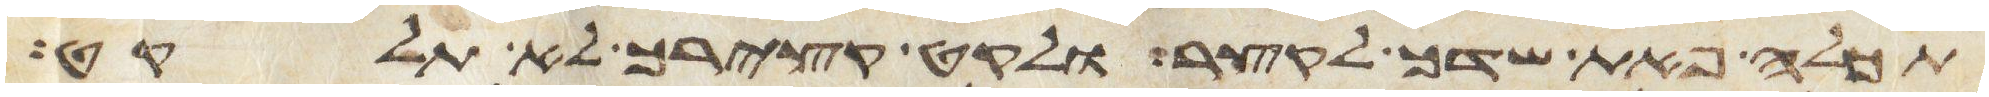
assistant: תכלה פאת שדך לקצר ולקט קצירך לא תלקט